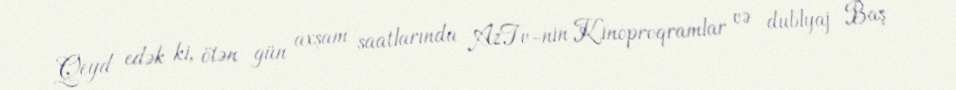
Qeyd edək ki, ötən gün axşam saatlarında AzTv-nin Kinoproqramlar və dublyaj Baş